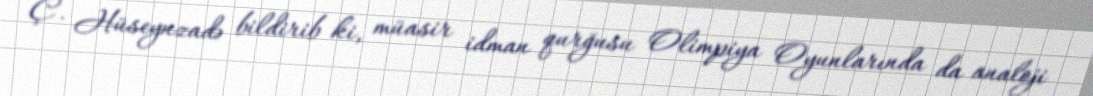
Ç. Hüseynzadə bildirib ki, müasir idman qurğusu Olimpiya Oyunlarında da analoji